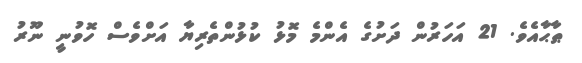
ޠާޙާއެވެ. 21 އަހަރުން ދަށުގެ އެންމެ މޮޅު ކުޅުންތެރިޔާ އަށްވެސް ހޮވުނީ ނޫރު